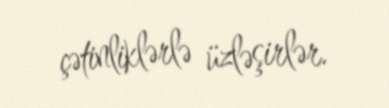
çətinliklərlə üzləşirlər.